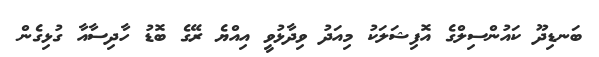
ބަނޑިދޫ ކައުންސިލްގެ އޮފިޝަލަކު މިއަދު ވިދާޅުވީ އިއްޔެ ރޭގެ ބޮޑު ހާދިސާއާ ގުޅިގެން